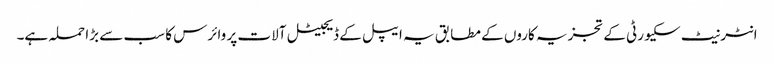
انٹرنیٹ سکیورٹی کے تجزیہ کاروں کے مطابق یہ ایپل کے ڈیجیٹل آلات پر وائرس کا سب سے بڑا حملہ ہے۔